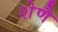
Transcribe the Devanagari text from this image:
शेणै